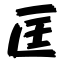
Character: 匡